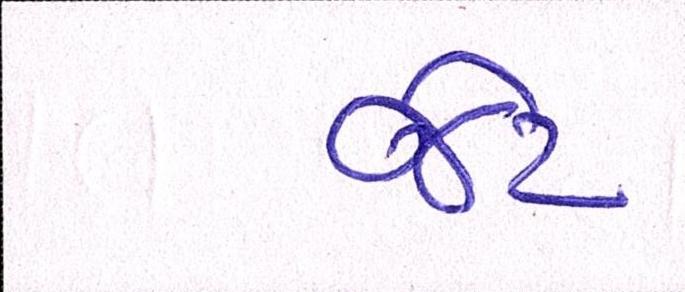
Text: જેટ